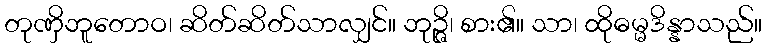
တုဏှိဘူတောဝ၊ ဆိတ်ဆိတ်သာလျှင်။ ဘုဉ္ဇိ၊ စား၏။ သာ၊ ထိုဓမ္မဒိန္နာသည်။